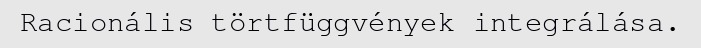
Racionális törtfüggvények integrálása.